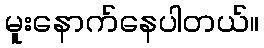
မူးနောက်နေပါတယ်။